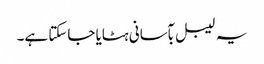
یہ لیبل بآسانی ہٹایا جاسکتا ہے۔